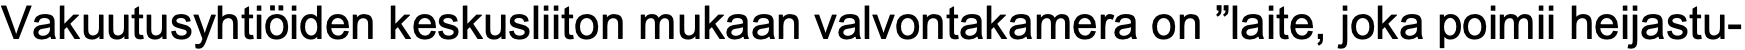
Vakuutusyhtiöiden keskusliiton mukaan valvontakamera on ”laite, joka poimii heijastu-